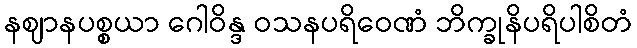
နဈာနပစ္စယာ ဂေါဝိန္ဒ ဝသနပရိဝေဏံ ဘိက္ခုနိပရိပါစိတံ